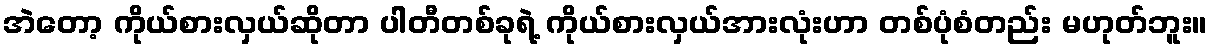
အဲတော့ ကိုယ်စားလှယ်ဆိုတာ ပါတီတစ်ခုရဲ့ ကိုယ်စားလှယ်အားလုံးဟာ တစ်ပုံစံတည်း မဟုတ်ဘူး။